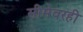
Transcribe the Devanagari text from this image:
सीमेवरही